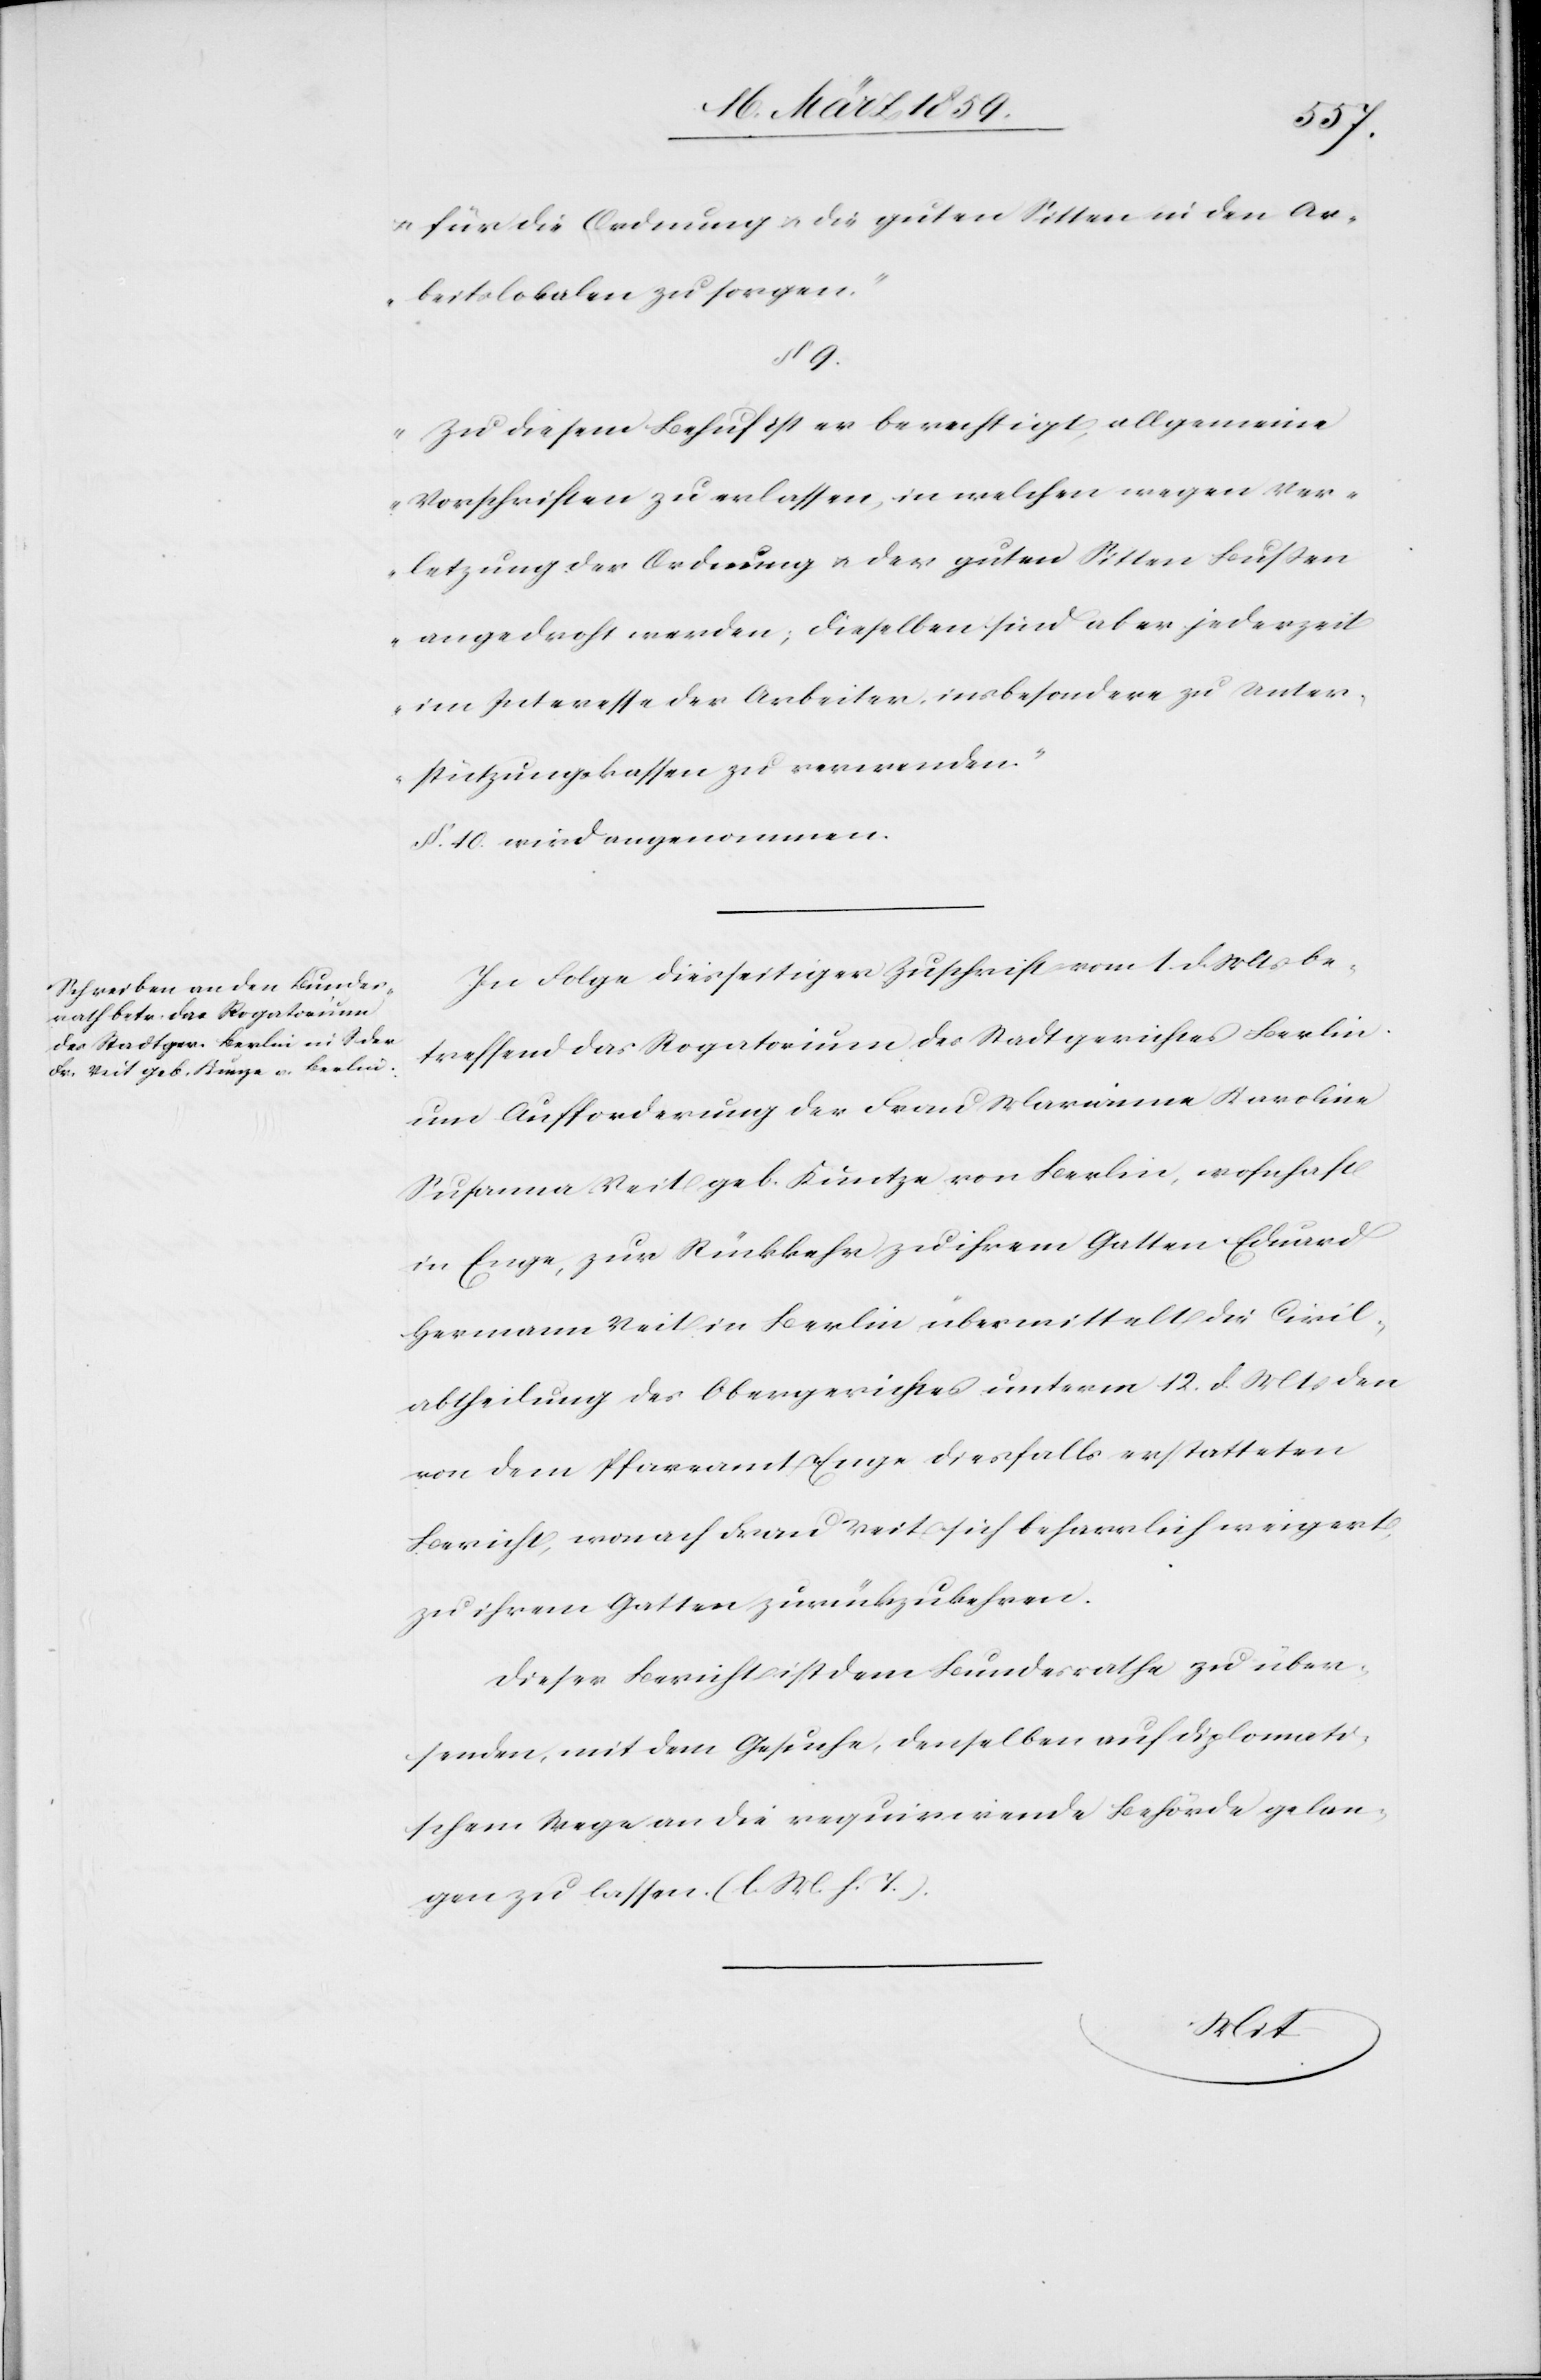
u. für die Ordnung u. die guten Sitten in den Ar¬
beitslokalen zu sorgen.“
§ 9.
„Zu diesem Behuf ist er berechtigt, allgemeine
Vorschriften zu erlassen, in welchen wegen Ver¬
letzung der Ordnung u. der guten Sitten Bußen
angedroht werden; dieselben sind aber jederzeit
im Interesse der Arbeiter, insbesondere zu Unter¬
stützungskassen zu verwenden.“
§. 10. wird angenommen.
In Folge diesseitiger Zuschrift vom 1. d. Mts be¬
treffend das Rogatorium des Stadtgerichtes Berlin
um Aufforderung der Frau Marianne Karoline
Susanna Veit geb. Kuntze [sic!] von Berlin, wohnhaft
in Enge, zur Rückkehr zu ihrem Gatten Edmund
Hermann Veit in Berlin, übermittelt die Civil¬
abtheilung des Obergerichtes unterm 12. d. Mts den
von dem Pfarramt Enge diesfalls erstatteten
Bericht, wonach Frau Veit sich beharrlich weigert,
zu ihrem Gatten zurückzukehren.
Dieser Bericht ist dem Bundesrathe zu über¬
senden, mit dem Gesuche, denselben auf diplomati¬
schem Wege an die requirirende Behörde gelan¬
gen zu lassen. (l. M. h. T.).